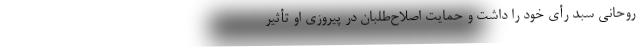
روحانی سبد رأی خود را داشت و حمایت اصلاح‌طلبان در پیروزی او تأثیر